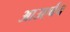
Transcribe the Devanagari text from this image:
आउएर्बच